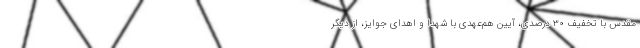
مقدس با تخفیف ۳۰ درصدی، آیین هم‌عهدی با شهدا و اهدای جوایز، از دیگر